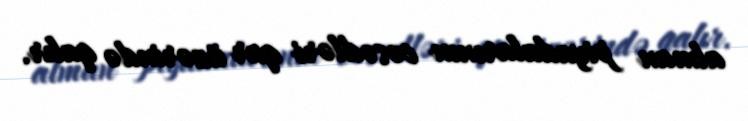
alman piyadalarının cəsədləri qar üzərində qalır.